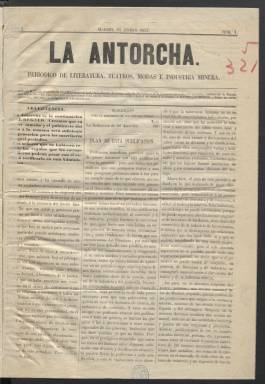
Título: La Antorcha (Madrid. 1857)
Colección: Periódicos
Ámbito geográfico: Madrid
Lugar de publicación: Madrid
Fechas: 15/01/1857-22/02/1857